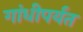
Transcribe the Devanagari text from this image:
गांधीपर्यंत